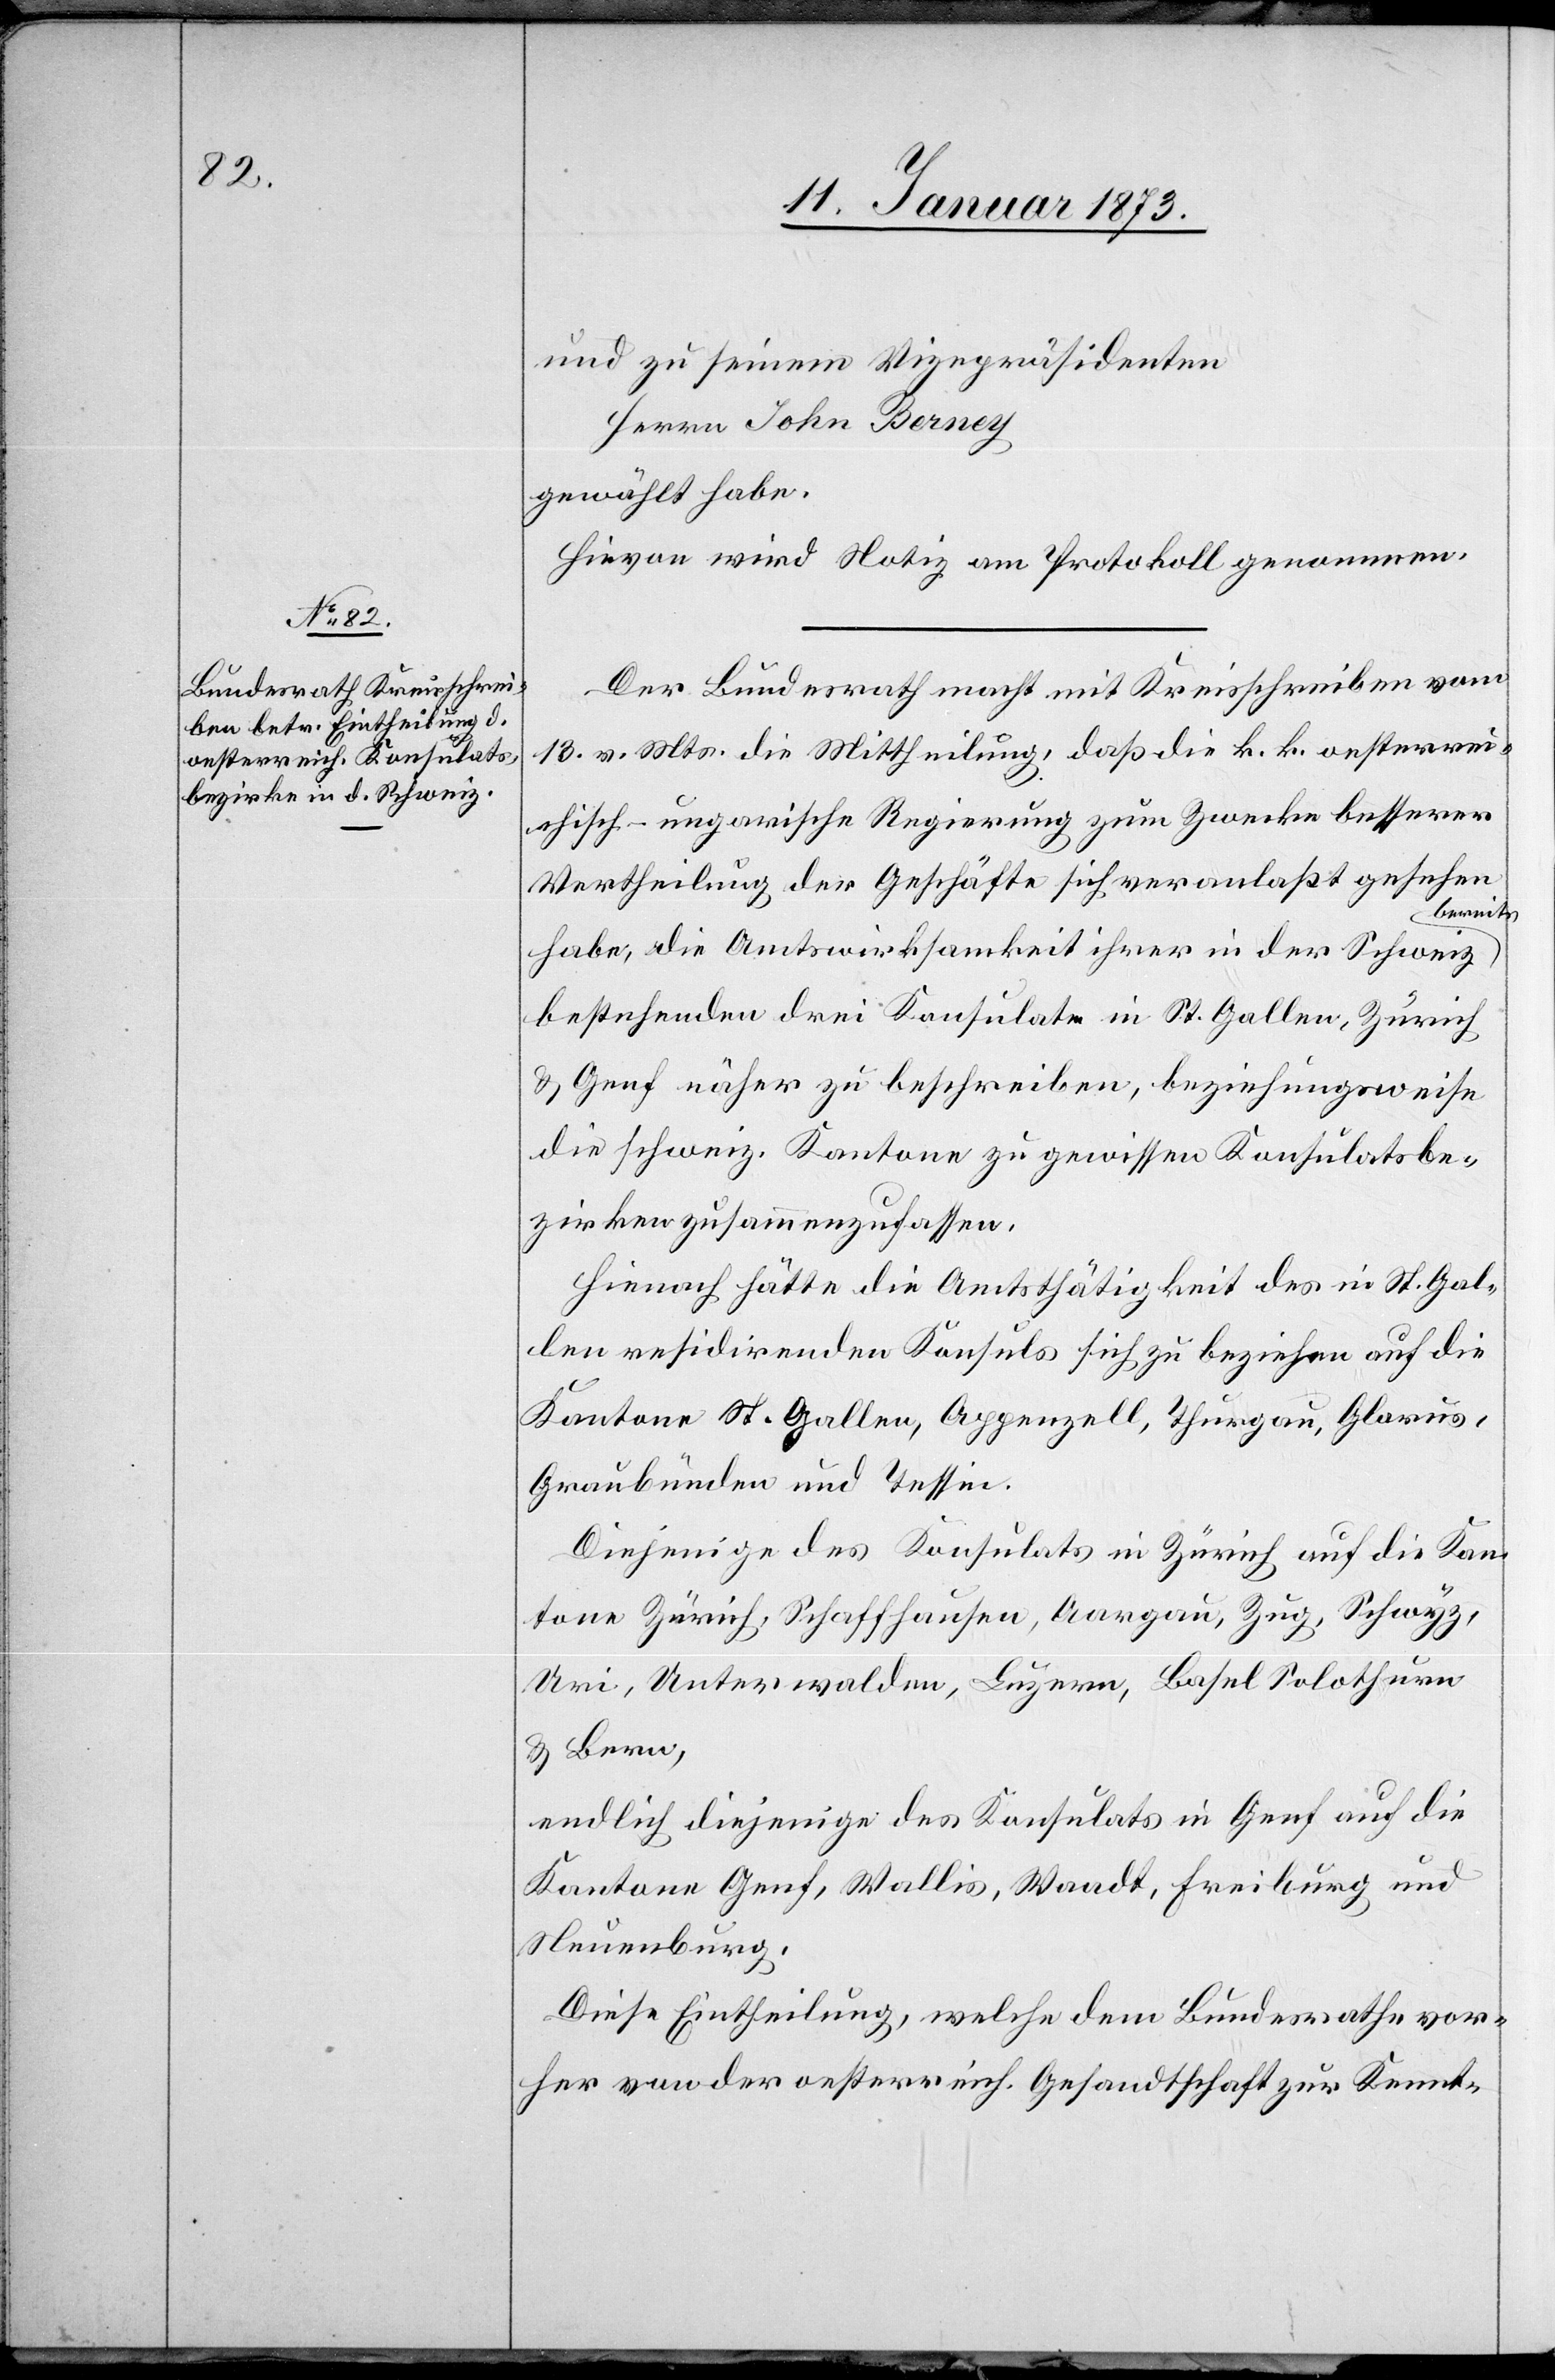
und zu seinem Vizepräsidenten
Herrn John Berney
gewählt habe.
Hieran wird Notiz am Protokoll genommen.
Der Bundesrath macht mit Kreisschreiben vom
13. v. Mts. die Mittheilung, daß die k. k. oesterrei¬
chisch-ungarische Regierung zum Zwecke besserer
Vertheilung der Geschäfte sich veranlaßt gesehen
habe, die Amtswirksamkeit ihrer in der Schweiz
bestehenden drei Konsulate in St. Gallen, Zürich
& Genf näher zu beschreiben, beziehungsweise
die schweiz. Kantone zu gewissen Konsulatsbe¬
zirken zusammenzufassen.
Hienach hätte die Amtsthätigkeit des in St. Gal¬
len residirenden Konsuls sich zu beziehen auf die
Kantone St. Gallen, Appenzell, Thurgau, Glarus,
Graubünden und Tessin.
Diejenige des Konsulats in Zürich auf die Kan¬
tone Zürich, Schaffhausen, Aargau, Zug, Schwyz,
Uri, Unterwalden, Luzern, Basel Solothurn
& Bern,
endlich diejenige des Konsulats in Genf auf die
Kantone Genf, Wallis, Waadt, Freiburg und
Neuenburg.
Diese Eintheilung, welche dem Bundesrathe vor¬
her von der oesterreich. Gesandtschaft zur Kennt-